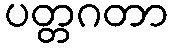
ပတ္တဂတာ